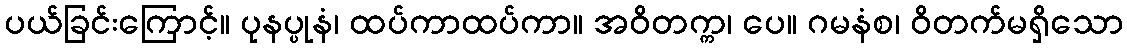
ပယ်ခြင်းကြောင့်။ ပုနပ္ပုနံ၊ ထပ်ကာထပ်ကာ။ အဝိတက္က၊ ပေ။ ဂမနံစ၊ ဝိတက်မရှိသော